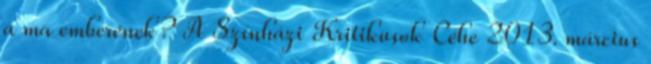
a ma emberének? A Színházi Kritikusok Céhe 2013. március